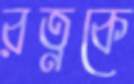
রত্নকে